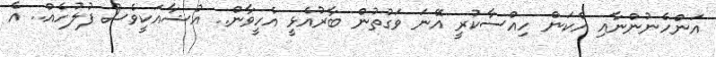
އަންހެނުންނާއި އެކަން ހިއްސާކުރީ އޭނަ ވަގުތުން ބާރުއެޅީ އެހީވާން.. އުޝާއަކީވެސް ފުލުހެއް.. އެ